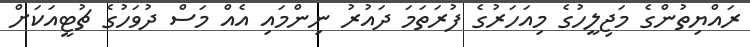
ރައްޔިތުންގެ މަޖިލީހުގެ މިއަހަރުގެ ފުރަތަމަ ދައުރު ނިންމައި އެއް މަސް ދުވަހުގެ ޗުޓީއަކަށް